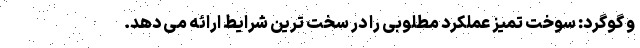
و گوگرد: سوخت تمیز عملکرد مطلوبی را در سخت ترین شرایط ارائه می دهد.